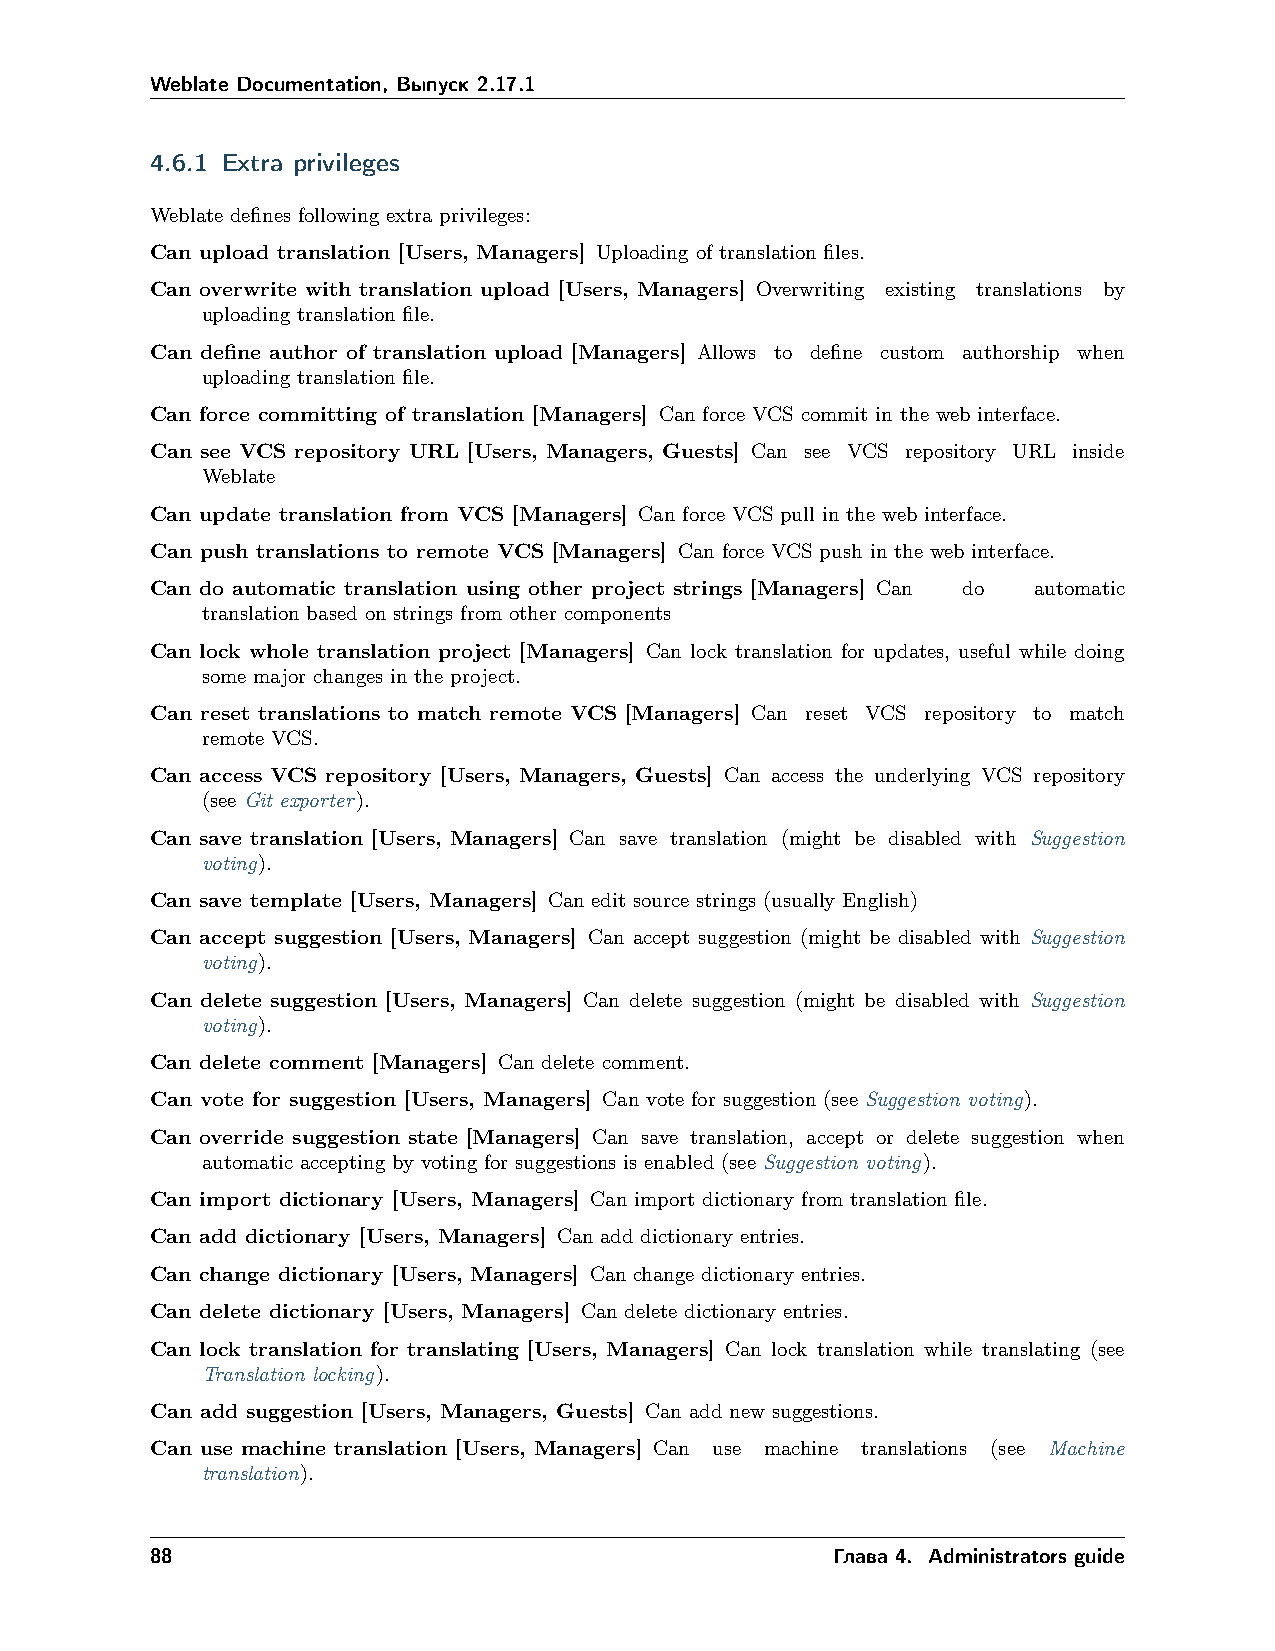
Weblate Documentation, Выпуск 2.17.1
 4.6.1 Extra privileges
 Weblate defines following extra privileges:
 Can upload translation [Users, Managers] Uploading of translation files.
 Can overwrite with translation upload [Users, Managers] Overwriting existing translations by
 uploading translation file.
 Can define author of translation upload [Managers] Allows to define custom authorship when
 uploading translation file.
 Can force committing of translation [Managers] Can force VCS commit in the web interface.
 Can see VCS repository URL [Users, Managers, Guests] Can see VCS repository URL inside
 Weblate
 Can update translation from VCS [Managers] Can force VCS pull in the web interface.
 Can push translations to remote VCS [Managers] Can force VCS push in the web interface.
 Can do automatic translation using other project strings [Managers] Can do automatic
 translation based on strings from other components
 Can lock whole translation project [Managers] Can lock translation for updates, useful while doing
 some major changes in the project.
 Can reset translations to match remote VCS [Managers] Can reset VCS repository to match
 remote VCS.
 Can access VCS repository [Users, Managers, Guests] Can access the underlying VCS repository
 (see Git exporter).
 Can save translation [Users, Managers] Can save translation (might be disabled with Suggestion
 voting).
 Can save template [Users, Managers] Can edit source strings (usually English)
 Can accept suggestion [Users, Managers] Can accept suggestion (might be disabled with Suggestion
 voting).
 Can delete suggestion [Users, Managers] Can delete suggestion (might be disabled with Suggestion
 voting).
 Can delete comment [Managers] Can delete comment.
 Can vote for suggestion [Users, Managers] Can vote for suggestion (see Suggestion voting).
 Can override suggestion state [Managers] Can save translation, accept or delete suggestion when
 automatic accepting by voting for suggestions is enabled (see Suggestion voting).
 Can import dictionary [Users, Managers] Can import dictionary from translation file.
 Can add dictionary [Users, Managers] Can add dictionary entries.
 Can change dictionary [Users, Managers] Can change dictionary entries.
 Can delete dictionary [Users, Managers] Can delete dictionary entries.
 Can lock translation for translating [Users, Managers] Can lock translation while translating (see
 Translation locking).
 Can add suggestion [Users, Managers, Guests] Can add new suggestions.
 Can use machine translation [Users, Managers] Can use machine translations (see Machine
 translation).
 88                                           Глава 4. Administrators guide